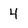
Character: 4